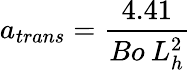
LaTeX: a_{trans}=\frac{4.41}{Bo\: L_{h}^{2}}